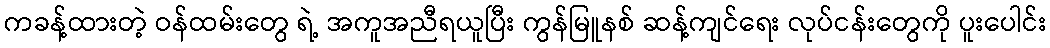
ကခန့်ထားတဲ့ ဝန်ထမ်းတွေ ရဲ့ အကူအညီရယူပြီး ကွန်မြူနစ် ဆန့်ကျင်ရေး လုပ်ငန်းတွေကို ပူးပေါင်း